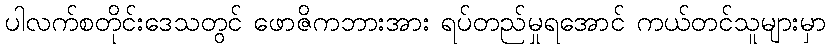
ပါလက်စတိုင်းဒေသတွင် ဖောဇိကဘားအား ရပ်တည်မှုရအောင် ကယ်တင်သူများမှာ